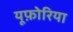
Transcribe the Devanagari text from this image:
यूफ़ोरिया